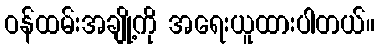
ဝန်ထမ်းအချို့ကို အရေးယူထားပါတယ်။